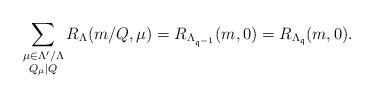
LaTeX: \begin{align*}\sum_{\substack{\mu \in \Lambda' /\Lambda \\ Q_\mu \mid Q}} R_{\Lambda}( m / Q, \mu)= R_{\Lambda_{{\mathfrak q}^{-1}}}(m, 0)= R_{\Lambda_{{\mathfrak q}}}(m, 0).\end{align*}